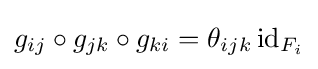
g_{ij}\circ g_{jk}\circ g_{ki}=\theta _{ijk}\operatorname {id} _{F_{i}}